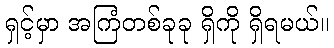
ရှင့်မှာ အကြံတစ်ခုခု ရှိကို ရှိရမယ်။